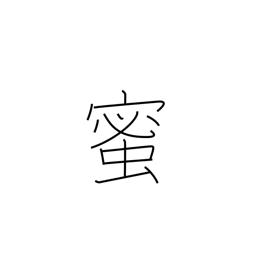
Meaning: honey